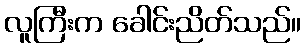
လူကြီးက ခေါင်းညိတ်သည်။